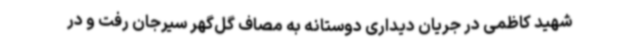
شهید کاظمی در جریان دیداری دوستانه به مصاف گل‌گهر سیرجان رفت و در